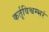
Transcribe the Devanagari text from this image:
कर्तृविश्वम्भरं